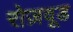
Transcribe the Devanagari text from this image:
रोज़वूड